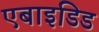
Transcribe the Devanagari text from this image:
एबाइडिड